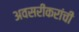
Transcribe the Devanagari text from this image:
अवसरीकरांची